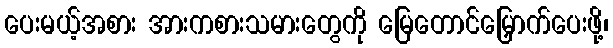
ပေးမယ့်အစား အားကစားသမားတွေကို မြေတောင်မြှောက်ပေးဖို့၊